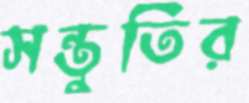
সন্তুতির